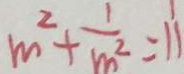
m ^ { 2 } + \frac { 1 } { m ^ { 2 } } = 1 1